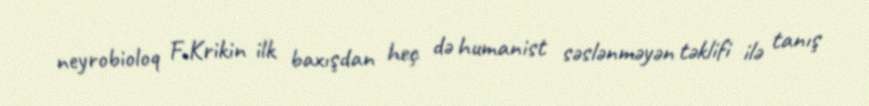
neyrobioloq F.Krikin ilk baxışdan heç də humanist səslənməyən təklifi ilə tanış